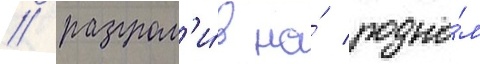
/ разгром'и́в на́ родно́м